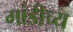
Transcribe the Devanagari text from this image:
मांडीच्य